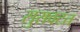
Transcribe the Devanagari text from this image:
सुरावटत